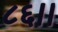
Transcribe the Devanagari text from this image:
८६।।